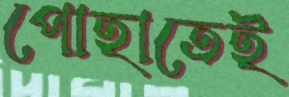
পোহাতেই